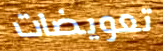
تعويضات